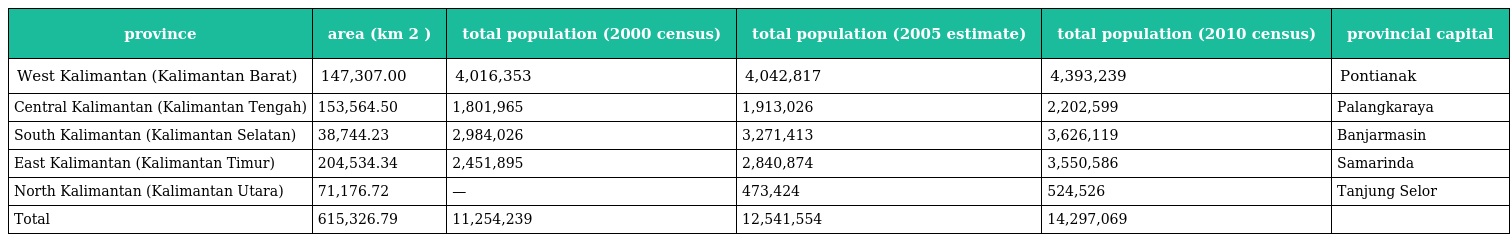
| province | area (km 2 ) | total population (2000 census) | total population (2005 estimate) | total population (2010 census) | provincial capital |
 | --- | --- | --- | --- | --- | --- |
 | West Kalimantan (Kalimantan Barat) | 147,307.00 | 4,016,353 | 4,042,817 | 4,393,239 | Pontianak |
 | Central Kalimantan (Kalimantan Tengah) | 153,564.50 | 1,801,965 | 1,913,026 | 2,202,599 | Palangkaraya |
 | South Kalimantan (Kalimantan Selatan) | 38,744.23 | 2,984,026 | 3,271,413 | 3,626,119 | Banjarmasin |
 | East Kalimantan (Kalimantan Timur) | 204,534.34 | 2,451,895 | 2,840,874 | 3,550,586 | Samarinda |
 | North Kalimantan (Kalimantan Utara) | 71,176.72 | — | 473,424 | 524,526 | Tanjung Selor |
 | Total | 615,326.79 | 11,254,239 | 12,541,554 | 14,297,069 |  |